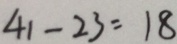
4 1 - 2 3 = 1 8